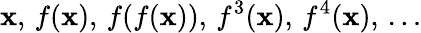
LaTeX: \mathbf{x},\, f(\mathbf{x}),\, f(f(\mathbf{x})),\, f^{3}(\mathbf{x}),\, f^{4}(\mathbf{x}),\, \ldots